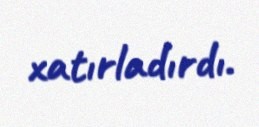
xatırladırdı.